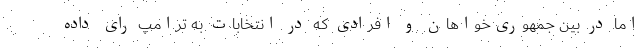
اما در بین جمهوری‌خواهان و افرادی که در انتخابات به ترامپ رای داده